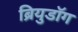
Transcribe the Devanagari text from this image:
ब्रियुडॉग